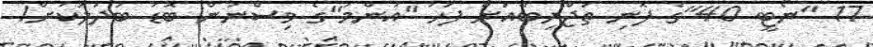
17 "ނޯޓީ 40"ގެ ފޮނި ތަޖްރިބާއަށް ފަހު ''އަންމު''ގެ ވިސްނުން ބޮޑު ބަދަލަކަށް!